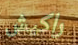
راكيش